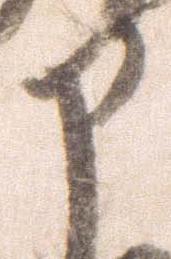
部